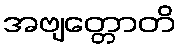
အဗျတ္တောတိ